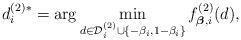
LaTeX: \begin{align*}d^{(2)*}_i = \arg\min\limits_{d\in\mathcal{D}^{(2)}_i\cup\{-\beta_i,1-\beta_i\}} f^{(2)}_{\boldsymbol\beta,i}(d),\end{align*}